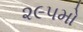
૨૯૫મો